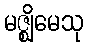
မဇ္ဈိမေသု